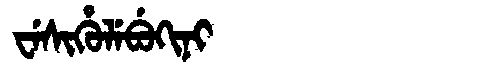
Manchu: ᠸᡝᠰᡳᡥᡠᠯᡝᠪᡠᡴᡳᠨᡳ
Romanization: WESIHULEBUKINI